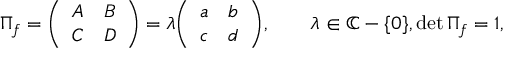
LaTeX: \Pi _ { f } = { \left( \begin{array} { l l } { A } & { B } \\ { C } & { D } \end{array} \right) } = \lambda { \left( \begin{array} { l l } { a } & { b } \\ { c } & { d } \end{array} \right) } , \qquad \lambda \in \mathbb { C } - \{ 0 \} , \det \Pi _ { f } = 1 ,